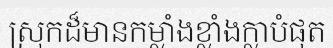
ស្រុកដ៏មានកម្លាំងខ្លាំងក្លាបំផុត